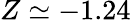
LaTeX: Z\simeq-1.24